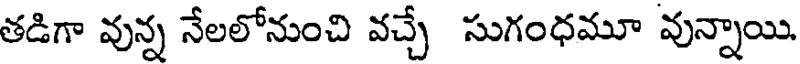
తడిగా వున్న నేలలోనుంచి వచ్చే సుగంధమూ వున్నాయి.